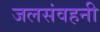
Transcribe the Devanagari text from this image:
जलसंवहनी